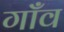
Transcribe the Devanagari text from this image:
गाँँव